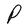
Character: P